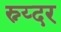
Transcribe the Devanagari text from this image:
स्न्य्दर